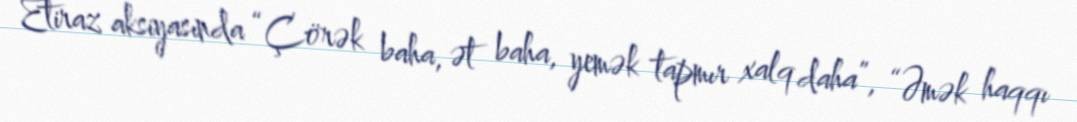
Etiraz aksiyasında “Çörək baha, ət baha, yemək tapmır xalq daha”, “Əmək haqqı